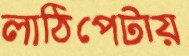
লাঠিপেটায়